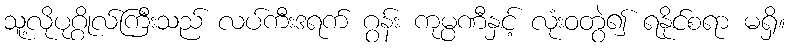
သူ့လိုပုဂ္ဂိုလ်ကြီးသည် လပ်ကီးဒရက် ဂွန်း ကုမ္ပဏီနှင့် လုံးဝတွဲ၍ ရနိုင်စရာ မရှိ။